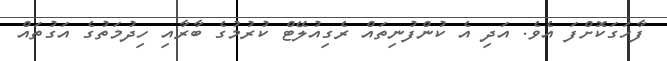
ފާހަގަކޮށްފަ އެވެ. އަދި އެ ކުންފުނިތައް ރެގިއުލޭޓް ކުރުމުގެ ބާރާއި ހިދުމަތުގެ އަގުތައް